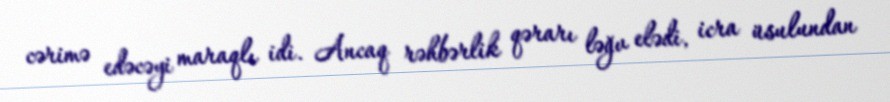
cərimə edəcəyi maraqlı idi. Ancaq rəhbərlik qərarı ləğv elədi, icra üsulundan